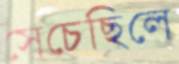
সেচেছিলে